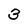
Character: 3